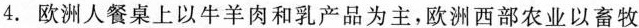
4.欧洲人餐桌上以牛羊肉和乳产品为主，欧洲西部农业以畜牧